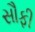
સૌફી